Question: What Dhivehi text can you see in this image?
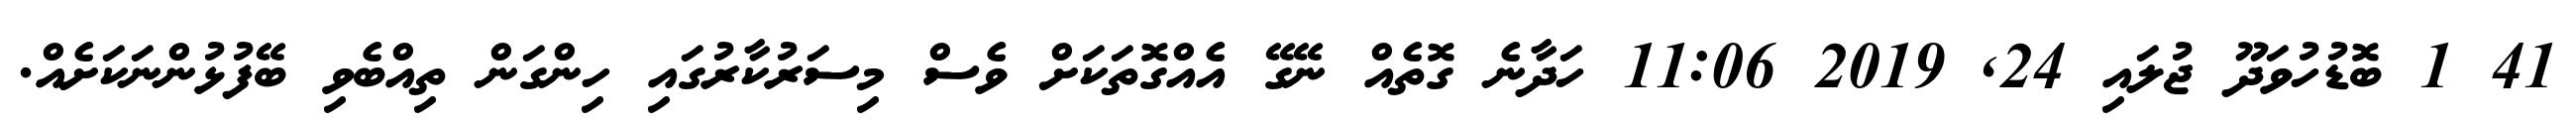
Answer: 41 1 ބޮޑުހުވަދޫ ޖުލައި 24, 2019 11:06 ހަދާނެ ގޮތެއް ނޭގޭ އެއްގޮތަކަށް ވެސް މިސަރުކާރުގައި ހިންގަން ތިއްބެވި ބޭފުޅުންނަކަށެއް.